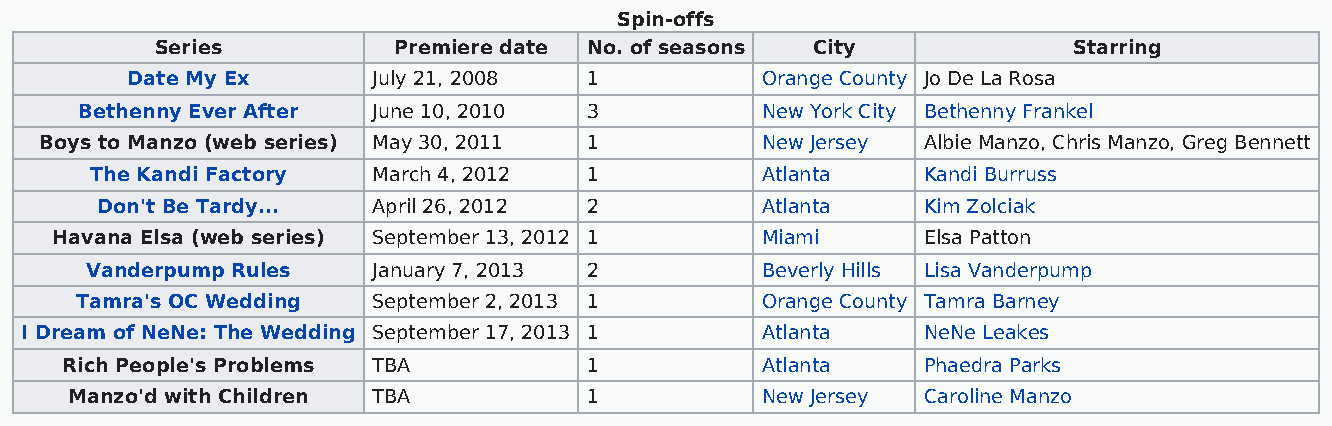
Spin-offs
 Series          Premiere date No. of seasons City            Starring
 Date My Ex       July 21, 2008 1          Orange County Jo De La Rosa
 Bethenny Ever After June 10, 2010 3          New York City Bethenny Frankel
 Boys to Manzo (web series) May 30, 2011 1      New Jersey Albie Manzo, Chris Manzo, Greg Bennett
 The Kandi Factory  March 4, 2012 1          Atlanta    Kandi Burruss
 Don't Be Tardy...  April 26, 2012 2         Atlanta    Kim Zolciak
 Havana Elsa (web series) September 13, 2012 1  Miami      Elsa Patton
 Vanderpump Rules   January 7, 2013 2        Beverly Hills Lisa Vanderpump
 Tamra's OC Wedding  September 2, 2013 1      Orange County Tamra Barney
 I Dream of NeNe: The Wedding September 17, 2013 1 Atlanta   NeNe Leakes
 Rich People's Problems TBA         1          Atlanta    Phaedra Parks
 Manzo'd with Children TBA          1          New Jersey Caroline Manzo